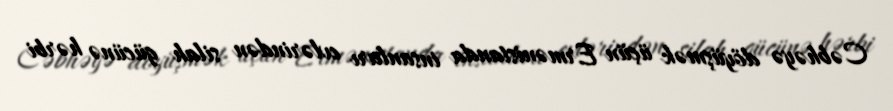
Cəbhəyə döyüşmək üçün Ermənistanda insanları evlərindən silah gücünə hərbi